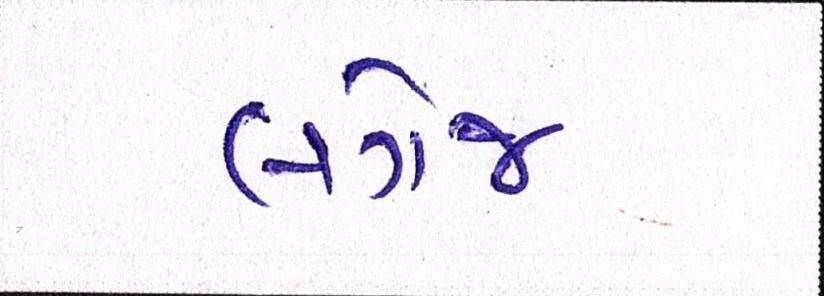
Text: લગેજ